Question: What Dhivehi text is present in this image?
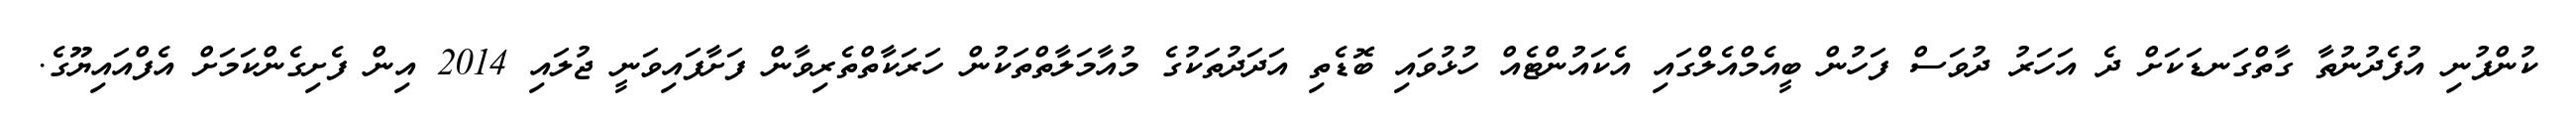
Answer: ކުންފުނި އުފެދުނުތާ ގާތްގަނޑަކަށް ދެ އަހަރު ދުވަސް ފަހުން ބީއެމްއެލްގައި އެކައުންޓެއް ހުޅުވައި ބޮޑެތި އަދަދުތަކުގެ މުއާމަލާތްތަކުން ހަރަކާތްތެރިވާން ފަށާފައިވަނީ ޖުލައި 2014 އިން ފެށިގެންކަމަށް އެފްއައިޔޫގެ.